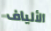
الألياف